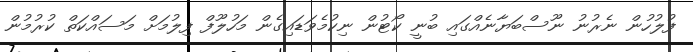
ފުލުހުން ނެރުނު ނޫސްބަޔާނެއްގައި ބުނީ ކޯޓުން ނިކުމެވަޑައިގެން މަހުލޫފް ފިލުމަށް މަސައްކަތް ކުރުމުން